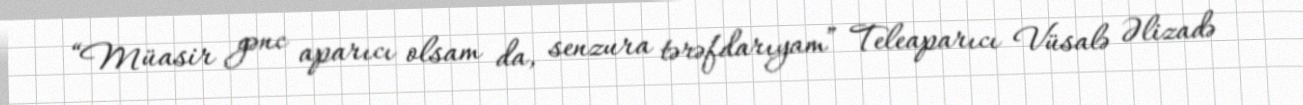
“Müasir gənc aparıcı olsam da, senzura tərəfdarıyam” Teleaparıcı Vüsalə Əlizadə